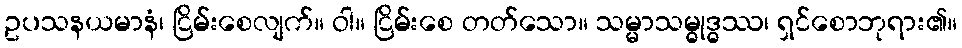
ဥပသနယမာနံ၊ ငြိမ်းစေလျက်။ ဝါ။ ငြိမ်းစေ တတ်သော။ သမ္မာသမ္ဓုဒ္ဓဿ၊ ရှင်စောဘုရား၏။